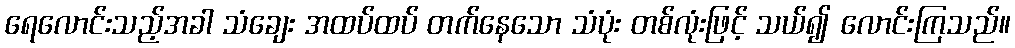
ရေလောင်းသည့်အခါ သံချေး အထပ်ထပ် တက်နေသော သံပုံး တစ်လုံးဖြင့် သယ်၍ လောင်းကြသည်။